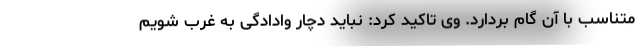
متناسب با آن گام بردارد. وی تاکید کرد: نباید دچار وادادگی به غرب شویم